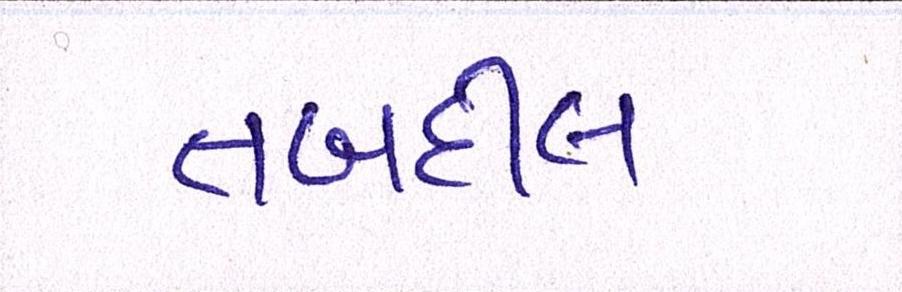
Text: તબદીલ